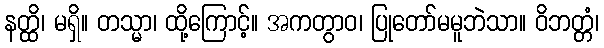
နတ္ထိ၊ မရှိ။ တသ္မာ၊ ထို့ကြောင့်။ အကတွာဝ၊ ပြုတော်မမူဘဲသာ။ ဝိဘတ္တံ၊